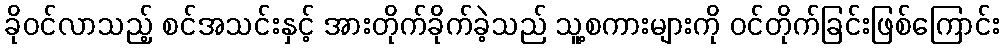
ခိုဝင်လာသည့် စင်အသင်းနှင့် အားတိုက်ခိုက်ခဲ့သည် သူ့စကားများကို ဝင်တိုက်ခြင်းဖြစ်ကြောင်း